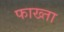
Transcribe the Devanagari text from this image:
फाख्‍ता